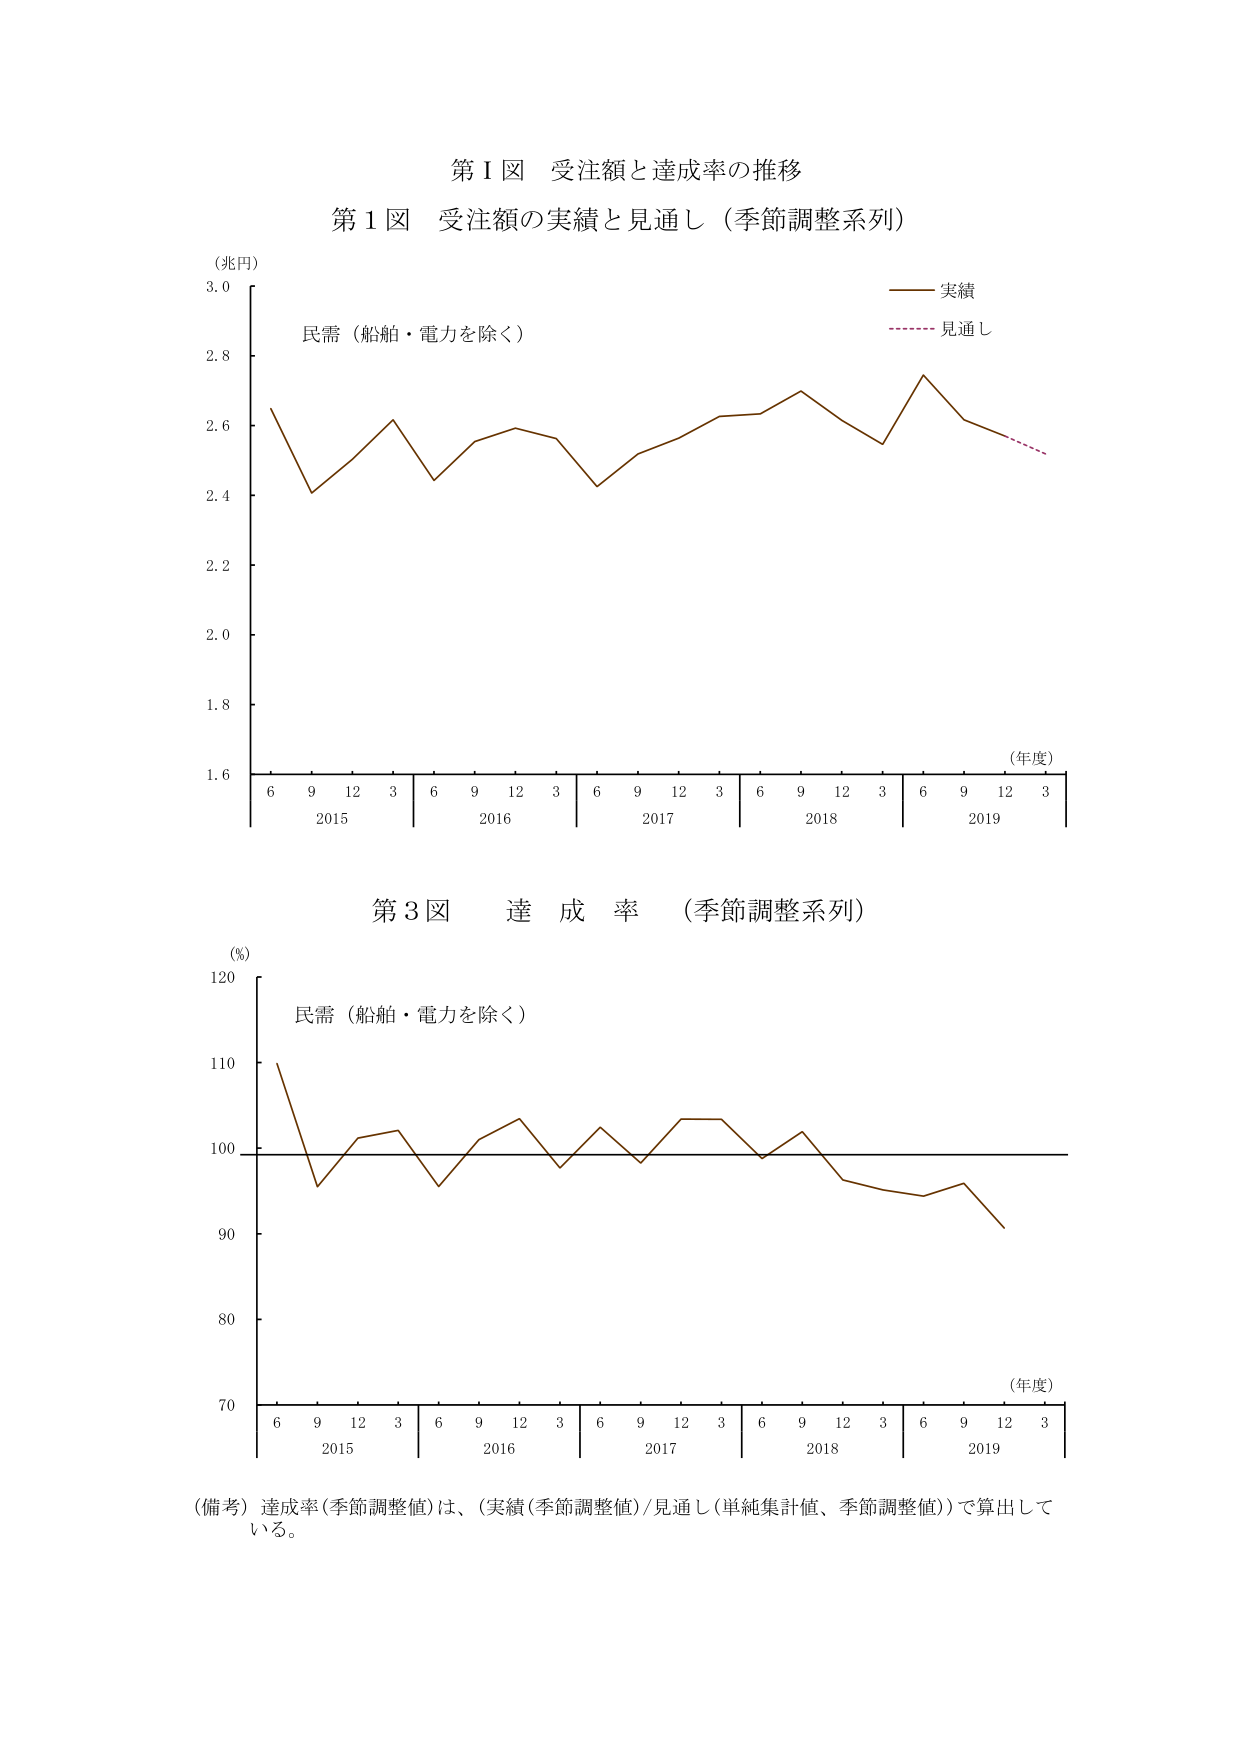
第Ⅰ図 受注額と達成率の推移
第1図 受注額の実績と見通し（季節調整系列）
（兆円）
3.0
2.8
2.6
2.4
2.2
2.0
1.8
1.6
実績
見通し
民需（船舶・電力を除く）
（年度）
6 9 12 3 6 9 12 3 6 9 12 3 6 9 12 3 6 9 12 3
2015 2016 2017 2018 2019
第3図 達成率（季節調整系列）
（%）
120
110
100
90
80
70
民需（船舶・電力を除く）
（年度）
6 9 12 3 6 9 12 3 6 9 12 3 6 9 12 3 6 9 12 3
2015 2016 2017 2018 2019
（備考）達成率（季節調整値）は、（実績（季節調整値）/見通し（単純集計値、季節調整値））で算出している。